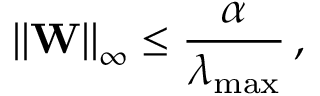
\left\| \mathbf { W } \right\| _ { \infty } \le \frac { \alpha } { \lambda _ { \mathrm { m a x } } } \, ,